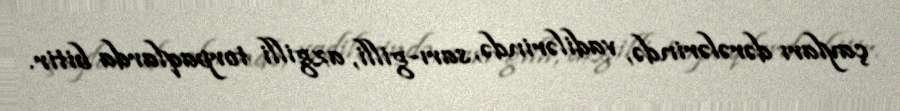
çayları dərələrində, vadilərində, sarı-gilli, azgilli torpaqlarda bitir.